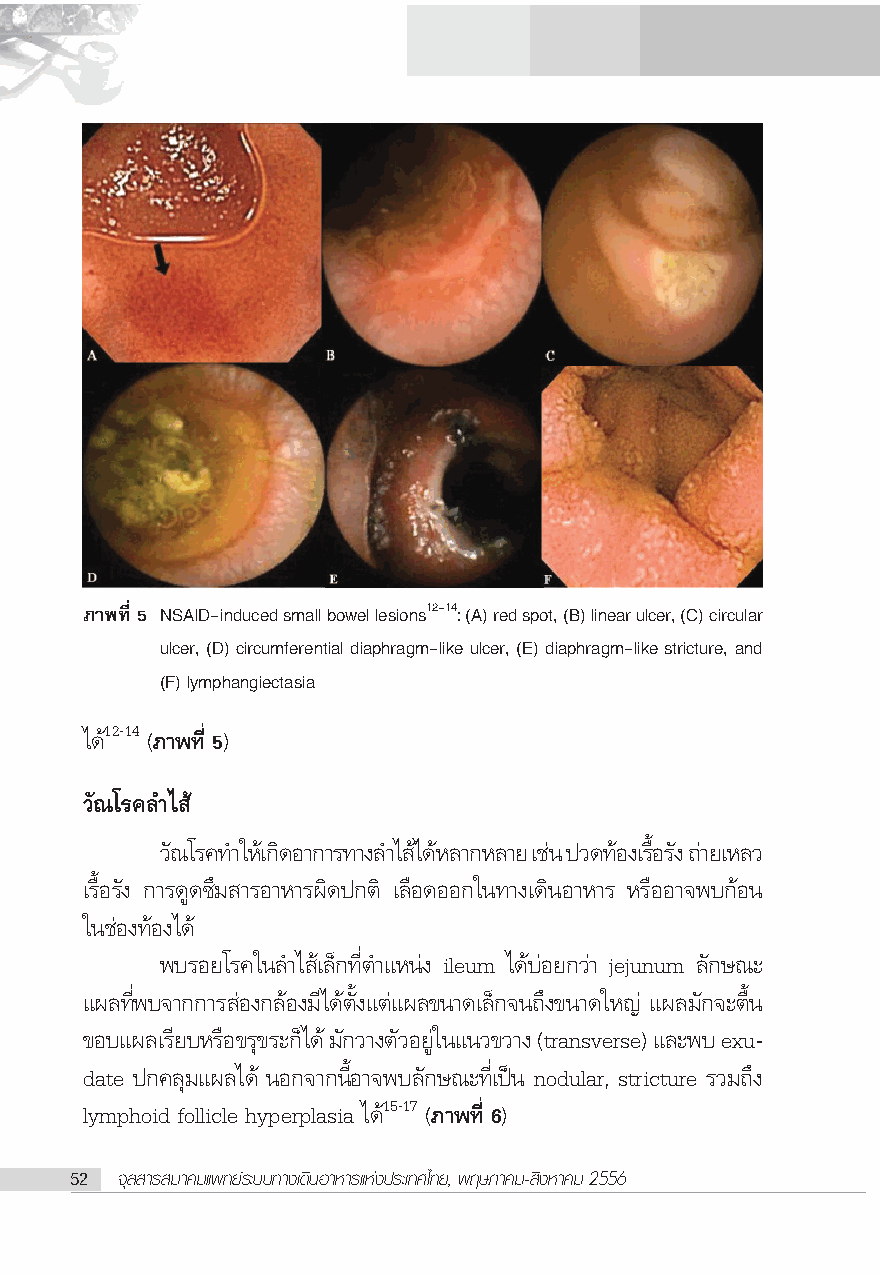
¿“æ∑’Ë 5 NSAID-induced small bowel lesions12-14: (A) red spot, (B) linear ulcer, (C) circular
 ulcer, (D) circumferential diaphragm-like ulcer, (E) diaphragm-like stricture, and
 (F) lymphangiectasia
 ‰¥1â 2-14 (¿“æ∑’Ë 5)
 «—≥‚√§≈”‰ â
 «≥— ‚√§∑”„À‡â°¥‘ Õ“°“√∑“ß≈”‰ ‰â ¥Àâ ≈“°À≈“¬ ‡™πà ª«¥∑Õâ ß‡√Õ◊È √ß— ∂“à ¬‡À≈«
 ‡√◊ÈÕ√—ß °“√¥Ÿ¥´÷¡ “√Õ“À“√º‘¥ª°μ‘ ‡≈◊Õ¥ÕÕ°„π∑“ß‡¥‘πÕ“À“√ À√◊ÕÕ“®æ∫°âÕπ
 „π™àÕß∑âÕß‰¥â
 æ∫√Õ¬‚√§„π≈”‰ â‡≈Á°∑’Ëμ”·Àπàß ileum ‰¥â∫àÕ¬°«à“ jejunum ≈—°…≥–
 ·º≈∑’Ëæ∫®“°°“√ àÕß°≈âÕß¡’‰¥âμ—Èß·μà·º≈¢π“¥‡≈Á°®π∂÷ß¢π“¥„À≠à ·º≈¡—°®–μ◊Èπ
 ¢Õ∫·º≈‡√’¬∫À√◊Õ¢√ÿ¢√–°Á‰¥â ¡—°«“ßμ—«Õ¬Ÿà„π·π«¢«“ß (transverse) ·≈–æ∫ exu-
 date ª°§≈ÿ¡·º≈‰¥â πÕ°®“°π’ÈÕ“®æ∫≈—°…≥–∑’Ë‡ªìπ nodular, stricture √«¡∂÷ß
 lymphoid follicle hyperplasia ‰¥1â 5-17 (¿“æ∑’Ë 6)
 52 ®ÿ≈ “√ ¡“§¡·æ∑¬å√–∫∫∑“ß‡¥‘πÕ“À“√·Ààßª√–‡∑»‰∑¬, æƒ…¿“§¡- ‘ßÀ“§¡ 2556